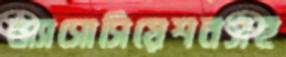
অ্যাসোসিয়েশনসহ